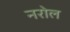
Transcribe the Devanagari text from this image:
नरोल